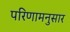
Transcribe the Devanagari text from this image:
परिणामनुसार